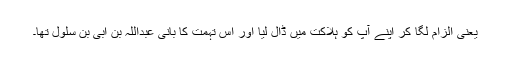
یعنی الزام لگا کر اپنے آپ کو ہلاکت میں ڈال لیا اور اس تہمت کا بانی عبداللہ بن ابی بن سلول تھا۔